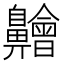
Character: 䶐